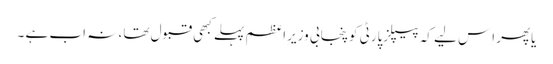
یاپھر اِس لیے کہ پیپلزپارٹی کوپنجابی وزیرِاعظم پہلے کبھی قبول تھا ، نہ اب ہے ۔